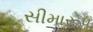
સીમારૂપ